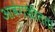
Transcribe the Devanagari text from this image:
आवेगशीलता